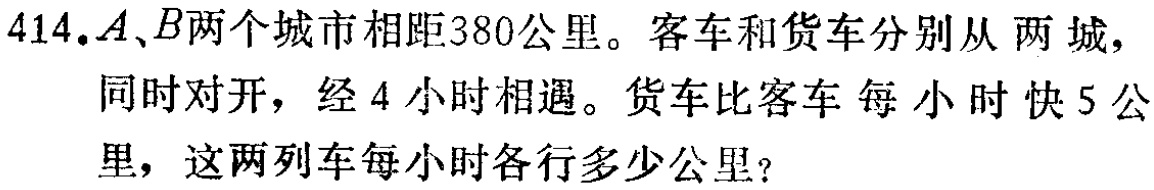
414.$A、B$两个城市相距380公里。客车和货车分别从 两城，同时对开，经 4 小时相遇。货车比客车 每 小 时 快 5 公里，这两列车每小时各行多少公里？